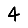
Digit: 4